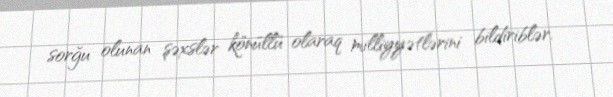
sorğu olunan şəxslər könüllü olaraq milliyyətlərini bildiriblər.